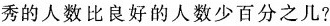
秀的人数比良好的人数少百分之几?